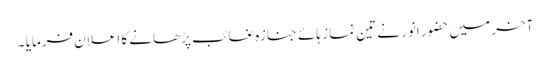
آخر میں حضور انور نے تین نماز ہائے جنازہ غائب پڑھانے کا اعلان فرمایا ۔